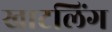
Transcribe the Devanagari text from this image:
खाटलिंग